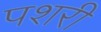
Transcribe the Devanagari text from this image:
पशरी